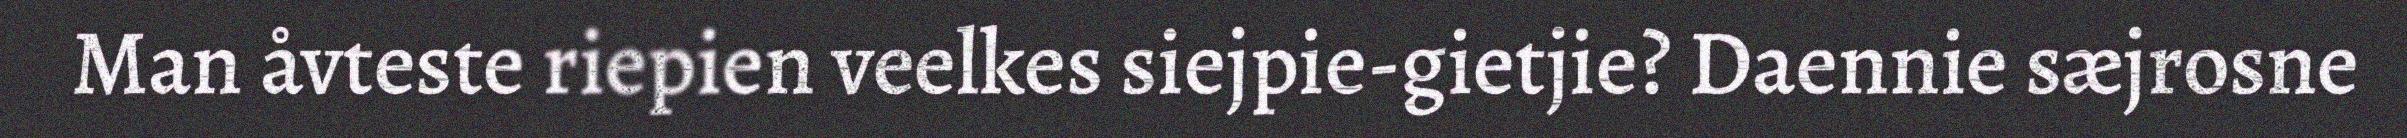
Man åvteste riepien veelkes siejpie-gietjie? Daennie sæjrosne